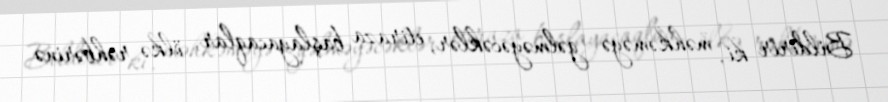
Bildirir ki, məhkəməyə gəlməyəcəklər, etiraza başlayacaqlar, ölkə rəhbərinə